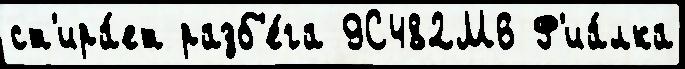
ст'ира́ет разб'е́га 9С482М6 Ф'иа́лка